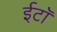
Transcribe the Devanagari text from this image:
ईटॉ